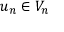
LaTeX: u _ { n } \in V _ { n }